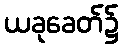
ယခုခေတ်၌